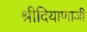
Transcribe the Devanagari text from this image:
श्रीदियाणाजी